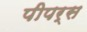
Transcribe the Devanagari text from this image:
पीपर्स